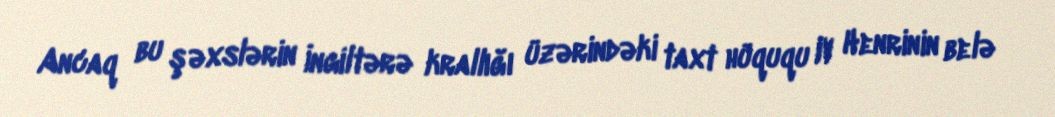
Ancaq bu şəxslərin İngiltərə krallığı üzərindəki taxt hüququ IV Henrinin belə